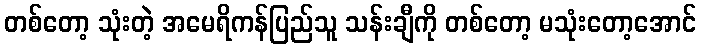
တစ်တော့ သုံးတဲ့ အမေရိကန်ပြည်သူ သန်းချီကို တစ်တော့ မသုံးတော့အောင်